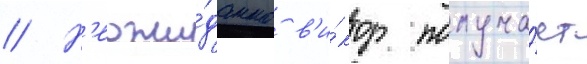
// Н'еожи́данно в'и́ктор получа́ет